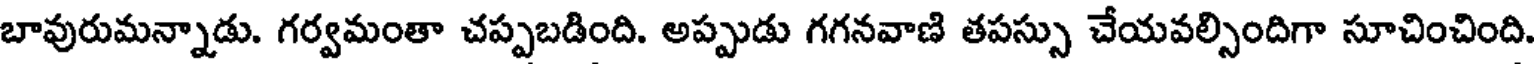
బావురుమన్నాడు. గర్వమంతా చప్పబడింది. అప్పుడు గగనవాణి తపస్సు చేయవల్సిందిగా సూచించింది.